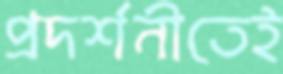
প্রদর্শনীতেই